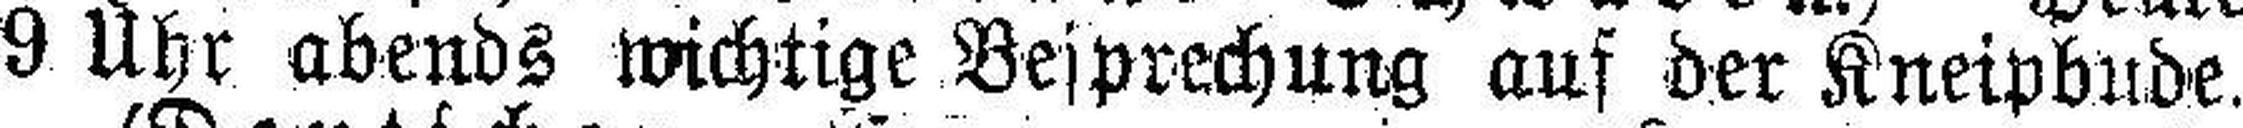
9 Uhr abends wichtige Besprechung auf der Kneipbude.